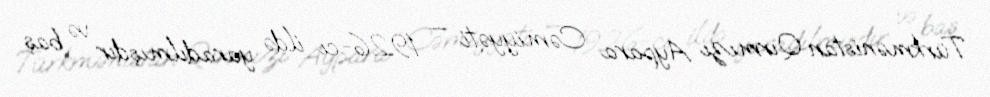
Türkmənistan Qırmızı Aypara Cəmiyyəti — 1926-cı ildə yaradılmışdır və baş